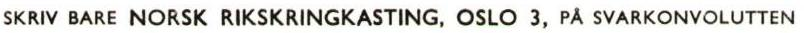
SKRIV BARE NORSK RIKSKRINGKASTING, OSLO 3, PÅ SVARKONVOLUTTEN